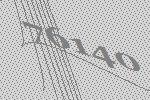
76140